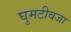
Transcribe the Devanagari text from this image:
घुमटीवजा